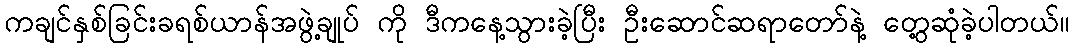
ကချင်နှစ်ခြင်းခရစ်ယာန်အဖွဲ့ချုပ် ကို ဒီကနေ့သွားခဲ့ပြီး ဦးဆောင်ဆရာတော်နဲ့ တွေ့ဆုံခဲ့ပါတယ်။